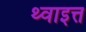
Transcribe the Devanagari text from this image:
थ्वाइत्त